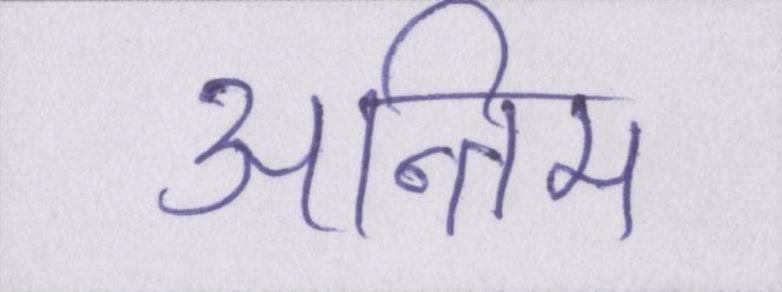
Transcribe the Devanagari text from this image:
अन्तिम